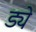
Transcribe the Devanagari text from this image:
ड्ये